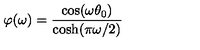
\varphi ( \omega ) = \frac { \cos ( \omega \theta _ { 0 } ) } { \cosh ( \pi \omega / 2 ) }